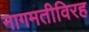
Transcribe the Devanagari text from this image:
नागमतीविरह